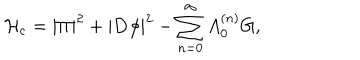
{ \cal H } _ { \mathrm { c } } = | \Pi | ^ { 2 } + | { \bf D } \phi | ^ { 2 } - \sum _ { n = 0 } ^ { \infty } A _ { 0 } ^ { ( n ) } G ,